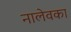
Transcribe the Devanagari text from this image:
नालेवका